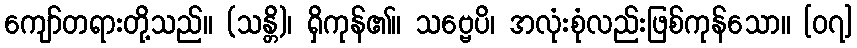
ကျော်တရားတို့သည်။ (သန္တိ)၊ ရှိကုန်၏။ သဗ္ဗေပိ၊ အလုံးစုံလည်းဖြစ်ကုန်သော။ [၀၇]